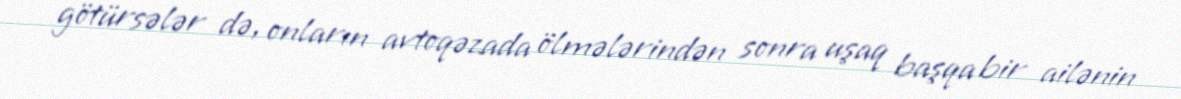
götürsələr də, onların avtoqəzada ölmələrindən sonra uşaq başqa bir ailənin